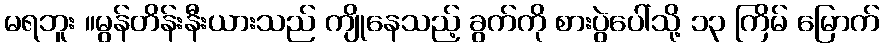
မရဘူး ။မွန်တိန်းနီးယားသည် ကျိုနေသည့် ခွက်ကို စားပွဲပေါ်သို့ ၁၃ ကြိမ် မြောက်